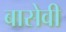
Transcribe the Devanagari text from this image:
बासेवी